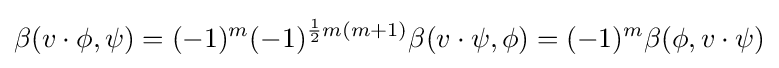
\beta (v\cdot \phi ,\psi )=(-1)^{m}(-1)^{{\frac {1}{2}}m(m+1)}\beta (v\cdot \psi ,\phi )=(-1)^{m}\beta (\phi ,v\cdot \psi )